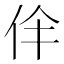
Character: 𠇫